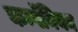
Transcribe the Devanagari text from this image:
कम्पॅनियन